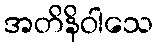
အတိနိဝါသေ